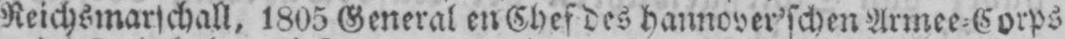
1805 General en Chef des hannover’schen Armee⸗Corps